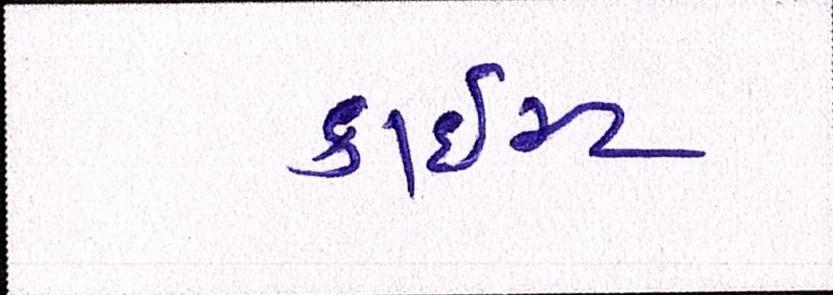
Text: ક્રાઇસ્ટ